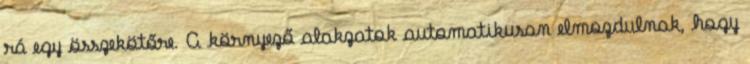
rá egy összekötőre. A környező alakzatok automatikusan elmozdulnak, hogy